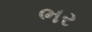
ભર